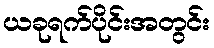
ယခုရက်ပိုင်းအတွင်း